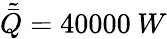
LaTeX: \tilde{\bar{Q}}=40000\: W